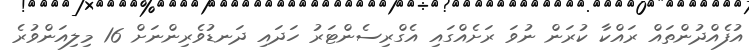
އުފެއްދުންތައް ރައްކާ ކުރަން ނުވަ ރަށެއްގައި އެގްރިސެންޓަރު ހަދައި ދަނޑުވެރިންނަށް 16 މިލިއަންވުރެ